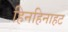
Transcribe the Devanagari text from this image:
हिनहिनाहट